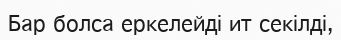
Бар болса еркелейді ит секілді,